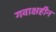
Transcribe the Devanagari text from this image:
गवाक्षहीन